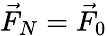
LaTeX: \vec{F}_{N}=\vec{F}_{0}